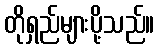
တိုရှည်များပို့သည်။